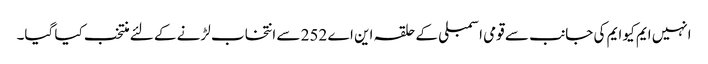
انہیں ایم کیو ایم کی جانب سے قومی اسمبلی کے حلقہ این اے 252 سے انتخاب لڑنے کے لئے منتخب کیا گیا۔